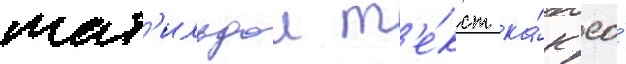
мат'ильдои т'е́кст ка́к ео́